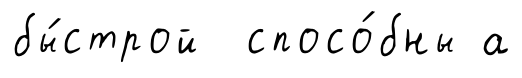
бы́строй спосо́бны а